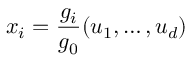
x _ { i } = { \frac { g _ { i } } { g _ { 0 } } } ( u _ { 1 } , \ldots , u _ { d } )